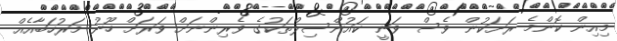
މިއިން ކޮންމެ ރަށަކުން ވެސް ވަނީ ކައުންސިލްތަކުގެ ވެރިންނަށް ވަރަށް ހޫނު މަރުހަބާއެއް